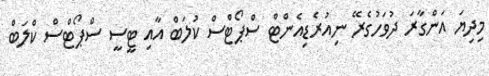
މިދިޔަ އަންގާރަ ދުވަހުގެރޭ ނިއުރެޑިއެންޓް ސްޕޯޓްސް ކުލަބް އާއި ޓީސީ ސްޕޯޓްސް ކްލަބް